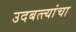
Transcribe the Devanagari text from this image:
उदबत्त्यांचा